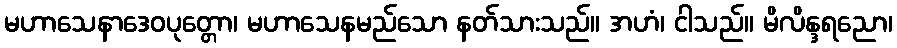
မဟာသေနာဒေဝပုတ္တော၊ မဟာသေနမည်သော နတ်သားသည်။ အဟံ၊ ငါသည်။ မိလိန္ဒရညော၊